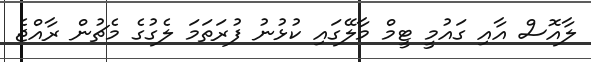
ލާއޮސް އާއި ގައުމީ ޓީމް މާލޭގައި ކުޅުނު ފުރަތަމަ ލެގުގެ މެޗުން ރާއްޖެ